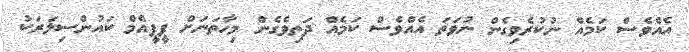
އެއްވެސް ކަމެއް ނުކުރެވިގެން ނުވަތަ އެއްވެސް ކަމެއް ދަތިވެގެން މިހާތަނަށް ޕީޕީއެމް ކައުންސިލަރަކު